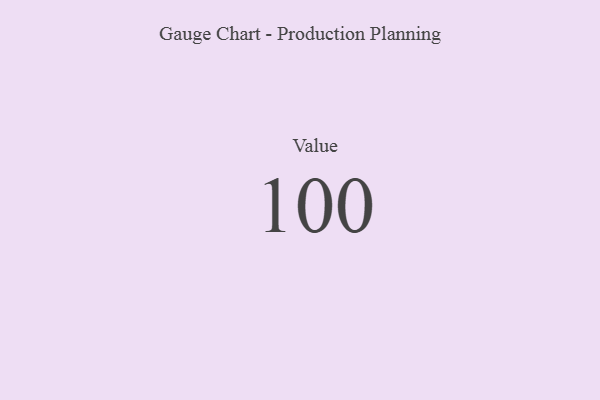
{"axis": {"x": "Metric", "y": "Value"}, "legend": [""], "data": [{"x": "Value", "y": 100, "type": ""}]}